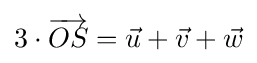
3\cdot {\overrightarrow {OS}}={\vec {u}}+{\vec {v}}+{\vec {w}}